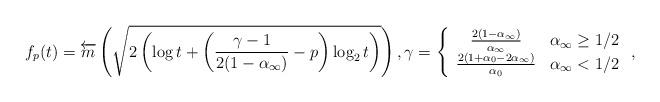
LaTeX: \begin{align*}f_p(t) = \overleftarrow{m}\left(\sqrt{2\left(\log t+\left(\frac{\gamma-1}{2(1-\alpha_\infty)}-p\right)\log_2 t\right)}\right),\gamma=\left\{\begin{array}{cc}\frac{2(1-\alpha_\infty)}{\alpha_\infty}& \alpha_\infty\geq 1/2\\\frac{2(1+\alpha_0-2\alpha_\infty)}{\alpha_0}& \alpha_\infty<1/2\end{array}\right.,\end{align*}